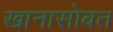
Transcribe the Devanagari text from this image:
खानासोबत